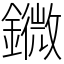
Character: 䥩